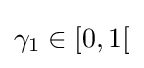
\gamma _{1}\in [0,1[